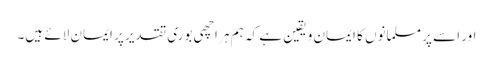
اور اسے پر مسلمانوں کا ایمان و یقین ہے کہ ہم ہر اچھی بوری تقدیر پر ایمان لائے ہیں۔